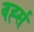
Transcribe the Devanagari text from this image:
वर्ह्स